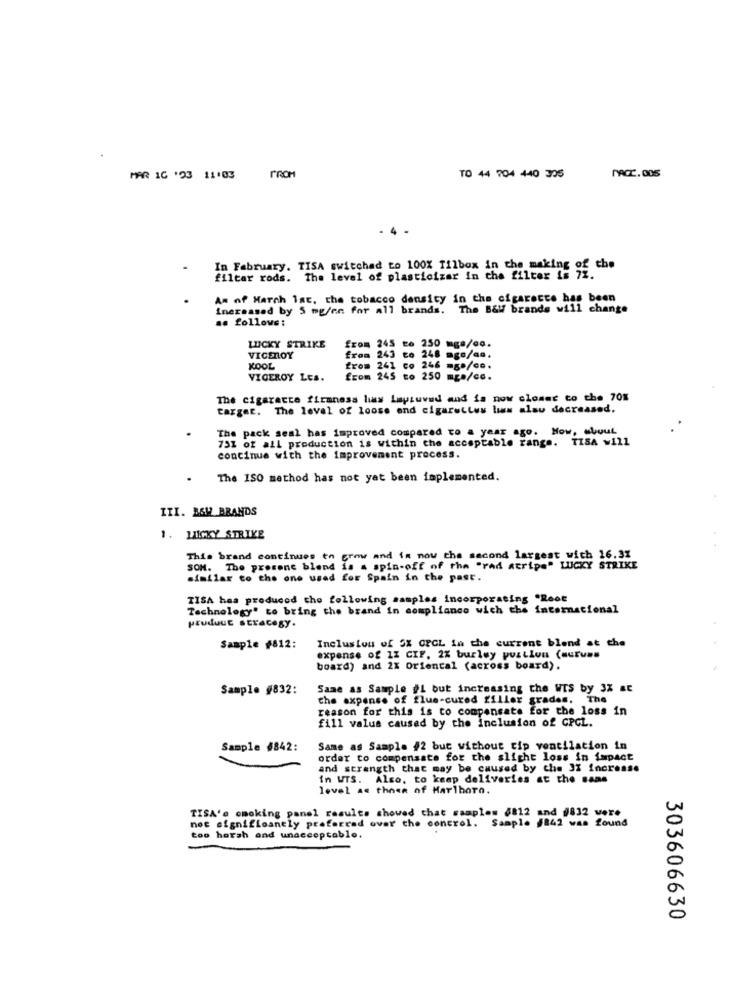
MAR 16 '23 11:03
TO 44 704 440 325
In February. TISA switchad to 100% Tilbox in the making of the
filtar rods. The level of plasticizar in the filter is 72.
As of March ist, the tobacco density in the cigarette has been
increased by 5 mg/en for all brands. The B&W brands will change
.. follows:
LUCKY STRIKE
from 245 to 250 mga/co.
VICEROY
from 243 co 248 age/aa.
KOOL
from 241 co 246 mg*/co.
VICEROY LES.
from 245 to 250 mga/cc.
The cigarette ficaness has Laptuved and is now closer to the 70%
targar. The level of loose and cigarettes lis alau decreased.
The pack seal has improved compared to a year ago. How, about
751 of all production is within the acceptable range. TISA will
continue with the improvement process.
The ISO method has not yet been implemented.
III. B&W BRANDS
1. LUCKY STRIKE
This brand continues to grow and is now the second largest with 16.32
SOM. The present blend is a spin-off of the "rad atrips" LUCKY STRIKE
similar to the one used for Spain in the past.
TISA has produced the following samples incorporating "Root
Technology" to bring the brand in compliance wich the international
product strategy.
Inclusion of SX OFCL in the current blend at the
Sample #812:
expense of 12 CIF, 2% burley puztlou (aucuns
board) and 2X Oriental (across board).
Sample #832:
Same as Sample #1 but increasing the WIS by 3% at
the expense of flue-cured filler grades. The
reason for this is to compensate for the loss in
fill valus caused by the inclusion of GPCL.
Sample #842:
Same as Sample #2 but without cip ventilation in
order to compensate for the slight loss in impact
and strength that may be caused by the 3% increase
In WTS. Also, to keep deliveries at the same
level as those of Marlboro.
TISA'e cooking panel results showed that samples #812 and #832 were
noc signifloanely prafarrad over the control. Sample #842 was found
too harsh and unacceptable.
303606630